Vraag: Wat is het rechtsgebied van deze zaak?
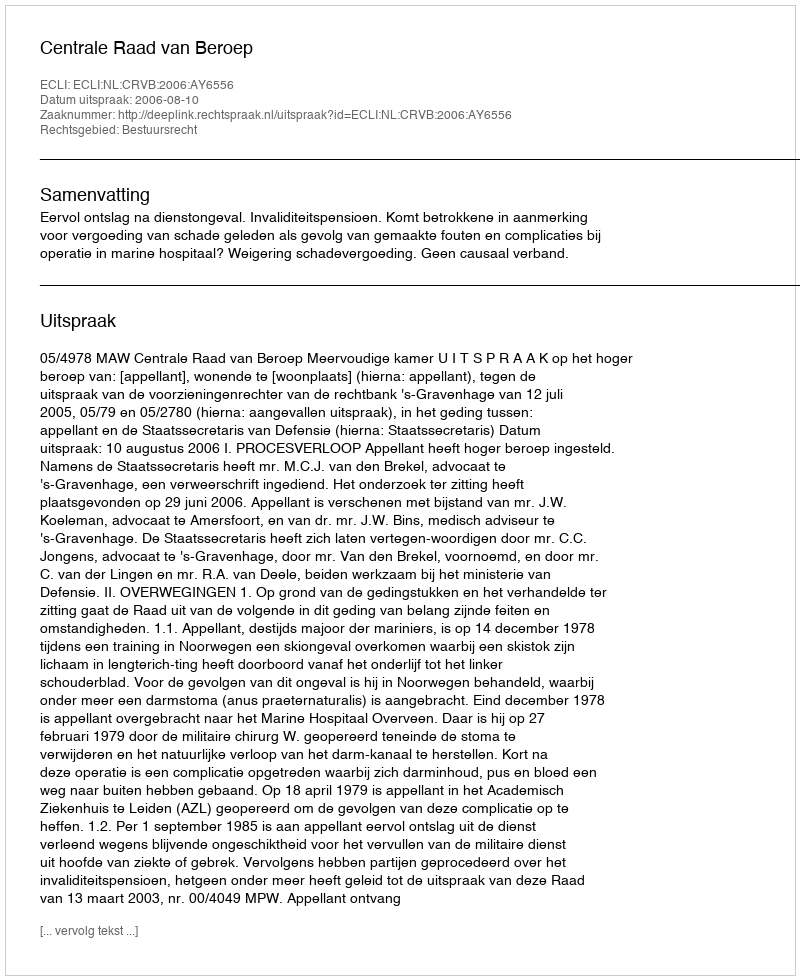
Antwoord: Bestuursrecht